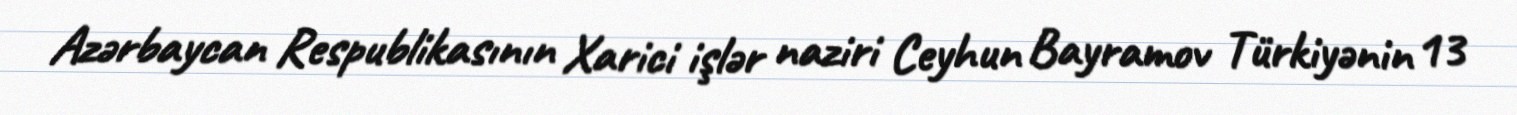
Azərbaycan Respublikasının Xarici işlər naziri Ceyhun Bayramov Türkiyənin 13